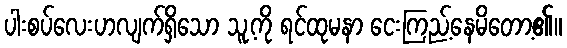
ပါးစပ်လေးဟလျက်ရှိသော သူ့ကို ရင်ထုမနာ ငေးကြည့်နေမိတော့၏။